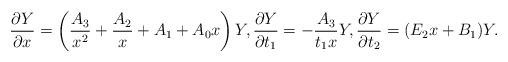
LaTeX: \begin{gather*}\frac{\partial Y}{\partial x}=\left(\frac{A_3}{x^2}+\frac{A_2}{x}+A_1+A_0 x \right)Y ,\frac{\partial Y}{\partial t_1}=-\frac{A_3}{t_1x}Y, \frac{\partial Y}{\partial t_2}=(E_2 x+B_1)Y.\end{gather*}